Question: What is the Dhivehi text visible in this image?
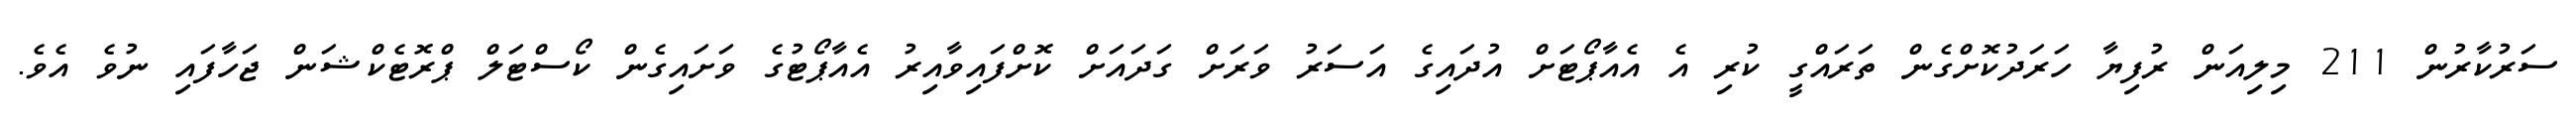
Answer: ސަރުކާރުން 211 މިލިއަން ރުފިޔާ ހަރަދުކޮށްގެން ތަރައްގީ ކުރި އެ އެއާޕޯޓަށް އުދައިގެ އަސަރު ވަރަށް ގަދައަށް ކޮށްފައިވާއިރު އެއާޕޯޓުގެ ވަށައިގެން ކޯސްޓަލް ޕްރޮޓެކްޝަން ޖަހާފައި ނުވެ އެވެ.